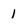
Character: 1